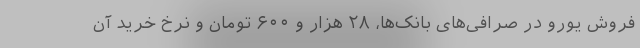
فروش یورو در صرافی‌های بانک‌ها، ۲۸ هزار و ۶۰۰ تومان و نرخ خرید آن